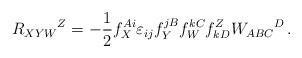
LaTeX: \begin{align*}R_{XYW}{}^Z = - \frac 12 f^{Ai}_X \varepsilon_{ij}f^{jB}_Yf_W^{kC}f^Z_{kD} W_{ABC}{}^D\,. \end{align*}